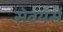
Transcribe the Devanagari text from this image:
सेवयर्स